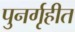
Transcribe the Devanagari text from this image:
पुनर्गृहीत